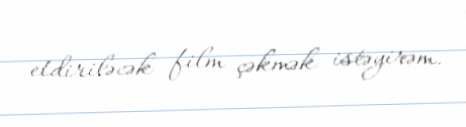
etdiriləcək film çəkmək istəyirəm.